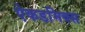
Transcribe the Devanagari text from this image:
ऐकडमिक्स